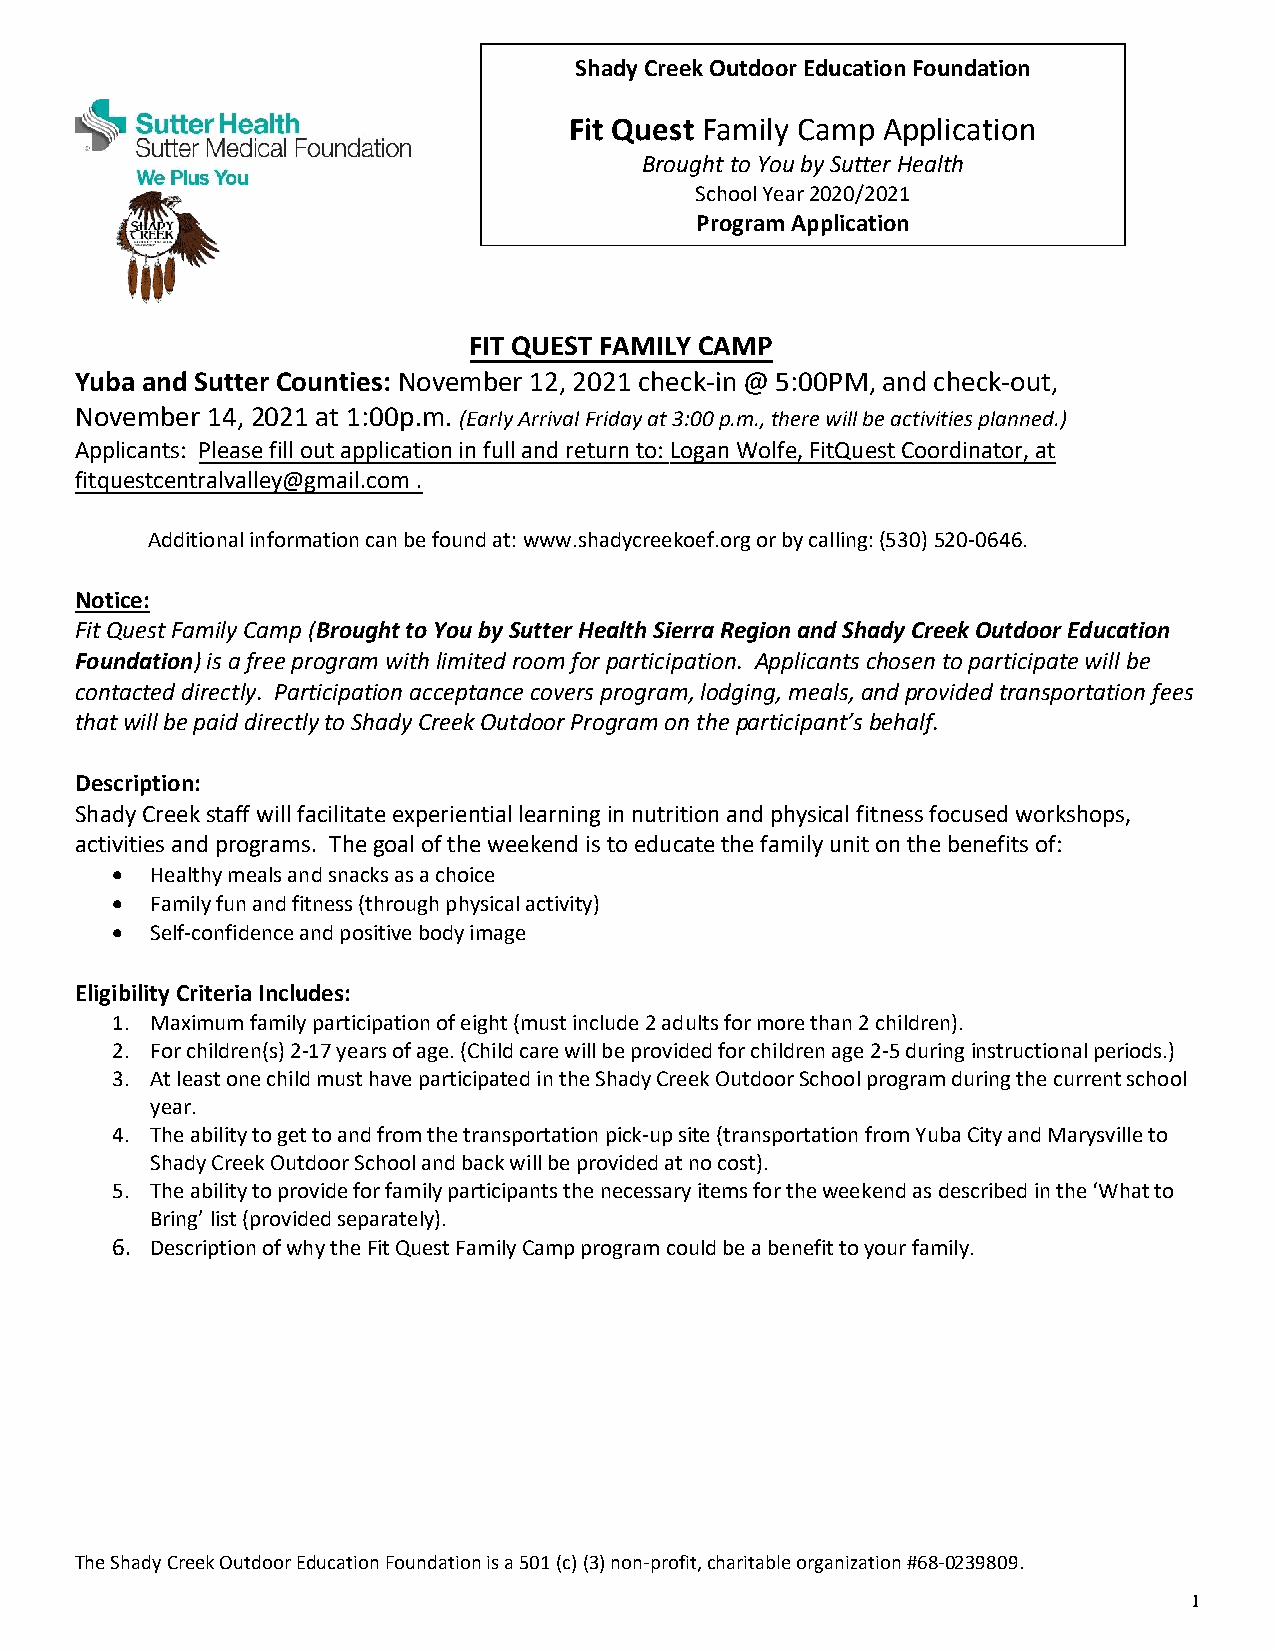
Shady Creek Outdoor Education Foundation
 Fit Quest Family Camp Application
 Brought to You by Sutter Health
 School Year 2020/2021
 Program Application
 FIT QUEST FAMILY CAMP
 Yuba and Sutter Counties: November 12, 2021 check-in @ 5:00PM, and check-out,
 November 14, 2021 at 1:00p.m. (Early Arrival Friday at 3:00 p.m., there will be activities planned.)
 Applicants: Please fill out application in full and return to: Logan Wolfe, FitQuest Coordinator, at
 fitquestcentralvalley@gmail.com .
 Additional information can be found at: www.shadycreekoef.org or by calling: (530) 520-0646.
 Notice:
 Fit Quest Family Camp (Brought to You by Sutter Health Sierra Region and Shady Creek Outdoor Education
 Foundation) is a free program with limited room for participation. Applicants chosen to participate will be
 contacted directly. Participation acceptance covers program, lodging, meals, and provided transportation fees
 that will be paid directly to Shady Creek Outdoor Program on the participant’s behalf.
 Description:
 Shady Creek staff will facilitate experiential learning in nutrition and physical fitness focused workshops,
 activities and programs. The goal of the weekend is to educate the family unit on the benefits of:
 •  Healthy meals and snacks as a choice
 •  Family fun and fitness (through physical activity)
 •  Self-confidence and positive body image
 Eligibility Criteria Includes:
 1. Maximum family participation of eight (must include 2 adults for more than 2 children).
 2. For children(s) 2-17 years of age. (Child care will be provided for children age 2-5 during instructional periods.)
 3. At least one child must have participated in the Shady Creek Outdoor School program during the current school
 year.
 4. The ability to get to and from the transportation pick-up site (transportation from Yuba City and Marysville to
 Shady Creek Outdoor School and back will be provided at no cost).
 5. The ability to provide for family participants the necessary items for the weekend as described in the ‘What to
 Bring’ list (provided separately).
 6. Description of why the Fit Quest Family Camp program could be a benefit to your family.
 The Shady Creek Outdoor Education Foundation is a 501 (c) (3) non-profit, charitable organization #68-0239809.
 1